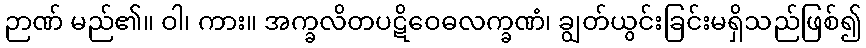
ဉာဏ် မည်၏။ ဝါ၊ ကား။ အက္ခလိတပဋိဝေဓလက္ခဏံ၊ ချွတ်ယွင်းခြင်းမရှိသည်ဖြစ်၍